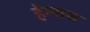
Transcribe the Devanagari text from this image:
हेम्सस